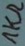
Text: 1KΩ